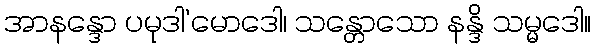
အာနန္ဒော ပမုဒါ’မောဒေါ၊ သန္တောသော နန္ဒိ သမ္မဒေါ။